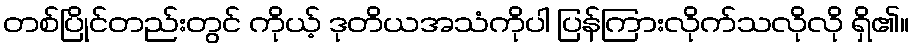
တစ်ပြိုင်တည်းတွင် ကိုယ့် ဒုတိယအသံကိုပါ ပြန်ကြားလိုက်သလိုလို ရှိ၏။